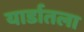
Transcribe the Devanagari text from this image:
यार्डातला